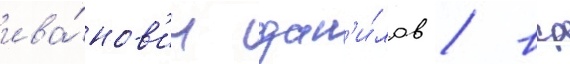
ива́нов'ич дан'и́лов / вср